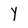
Character: Y